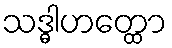
သဒ္ဓါဟတ္ထော